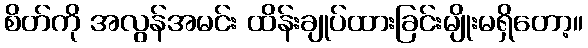
စိတ်ကို အလွန်အမင်း ထိန်းချုပ်ထားခြင်းမျိုးမရှိတော့။